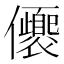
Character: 𠑚